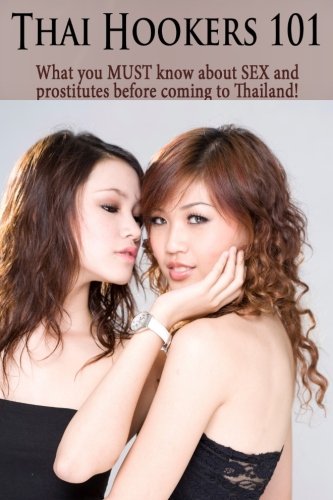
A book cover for Thai Hookers 101 - What You MUST Know About SEX And Prostitutes Before Coming To Thailand; K. Thailand; Travel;